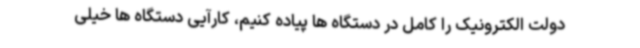
دولت الکترونیک را کامل در دستگاه ها پیاده کنیم، کارآیی دستگاه ها خیلی